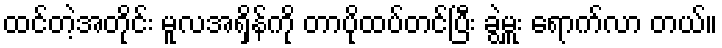
ထင်တဲ့အတိုင်း မူလအရှိန်ကို တာပိုထပ်တင်ပြီး ခွဲမှူး ရောက်လာ တယ်။